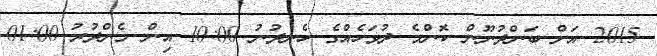
2015 އަށް ބަންދުނޫން ކޮންމެ ދުވަހެއްގެ ހެނދުނު 10:00 އިން މެންދުރު 01:00